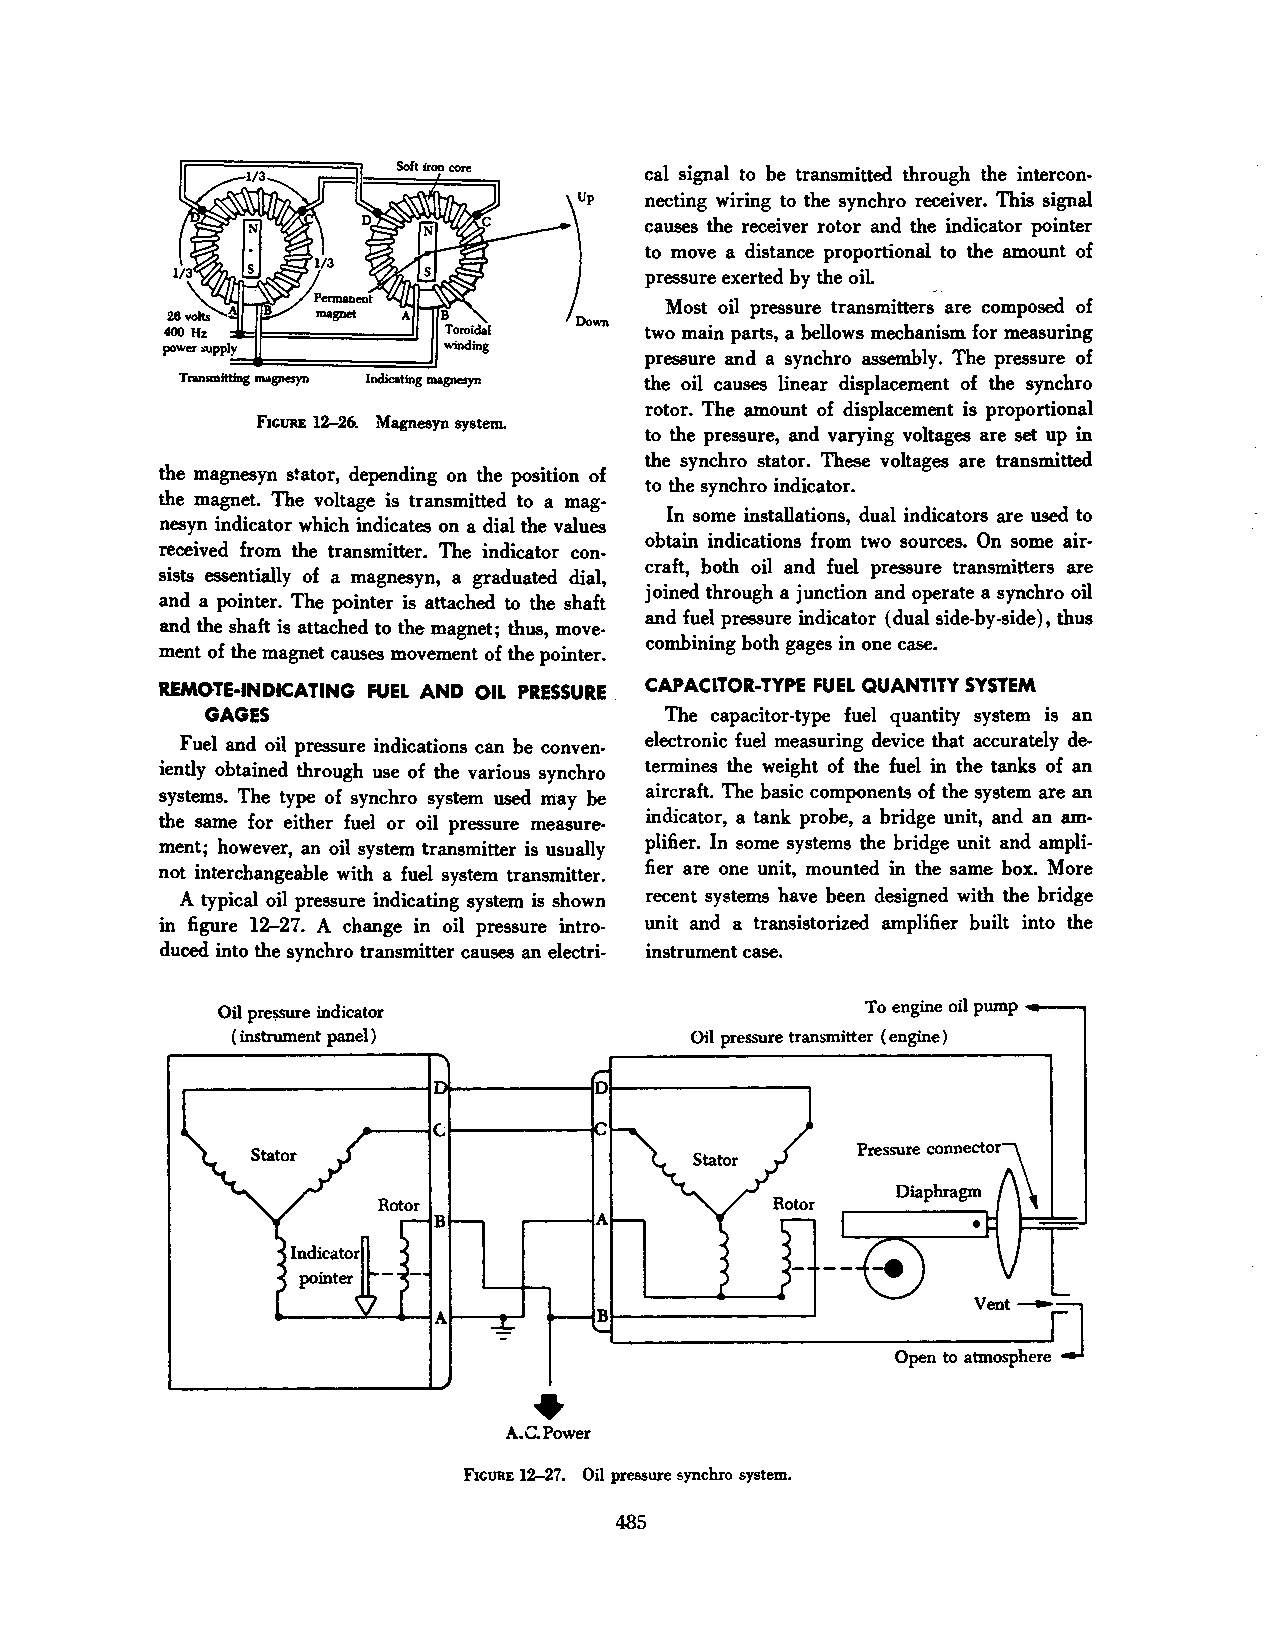
cal signal to be transmitted through the intercon
 necting wiring to the synchro receiver. This signal
 causes the receiver rotor and the indicator pointer
 to move a distance proportional to the amount of
 pressure exerted by the oil.
 -·
 Most oil pressure transmitters are composed of
 two main parts, a bellows mechanism for measuring
 pressure and a synchro assembly. The pressure of
 Transmittmg magnesyn Indicating magnesyn the oil causes linear displacement of the synchro
 rotor. The amount of displacement is proportional
 FIGURE 12-26. Magnesyn system.
 to the pressure, and varying voltages are set up in
 the synchro stator. These voltages are transmitted
 the magnesyn stator, depending on the position of
 to the synchro indicator.
 the magnet. The voltage is transmitted to a mag
 In some installations, dual indicators are used to
 nesyn indicator which indicates on a dial the values
 obtain indications from two sources. On some air
 received from the transmitter. The indicator con
 craft, both oil and fuel pressure transmitters are
 sists essentially of a magnesyn, a graduated dial,
 joined through a junction and operate a synchro oil
 and a pointer. The pointer is attached to the shaft
 and fuel pressure indicator (dual side-by-side), thus
 and the shaft is attached to the magnet; thus, move
 combining both gages in one case.
 ment of the magnet causes movement of the pointer.
 REMOTE-INDICATING FUEL AND OIL PRESSURE. CAPACITOR-TYPE FUEL QUANTITY SYSTEM
 GAGES                          The capacitor-type fuel quantity system is an
 Fuel and oil pressure indications can be conven electronic fuel measuring device that accurately de
 iently obtained through use of the various synchro termines the weight of the fuel in the tanks of an
 systems. The type of synchro system used may be aircraft. The basic components of the system are an
 the same for either fuel or oil pressure measure indicator, a tank probe, a bridge unit, and an am
 ment; however, an oil system transmitter is usually plifier. In some systems the bridge unit and ampli
 not interchangeable with a fuel system transmitter. fier are one unit, mounted in the same box. More
 A typical oil pressure indicating system is shown recent systems have been designed with the bridge
 in figure 12-27. A change in oil pressure intro unit and a transistorized amplifier built into the
 duced into the synchro transmitter causes an electri- instrument case.
 Oil pre~re indicator                       To engine oil pump
 ( instrument panel)           Oil pressure tran~mitter (engine)
 Pressure connector:\
 Diaphragm ( \ \
 •
 A.C.Power
 FIGURE 12-27. Oil pressure synchro system.
 485